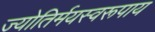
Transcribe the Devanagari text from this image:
ज्योतिर्मयस्वरूपाय